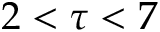
2 < \tau < 7